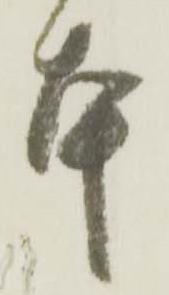
本